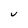
Character: v